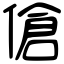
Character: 傖